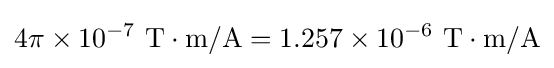
4\pi \times 10^{-7}{\text{ T}}\cdot {\text{m/A}}=1.257\times 10^{-6}{\text{ T}}\cdot {\text{m/A}}